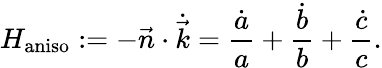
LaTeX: H_{\mathrm{aniso}}:=-\vec{n}\cdot\dot{\vec{k}}=\frac{\dot{a}}{a}+\frac{\dot{b}}{b}+\frac{\dot{c}}{c}.